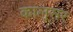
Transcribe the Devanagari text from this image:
कालूसर